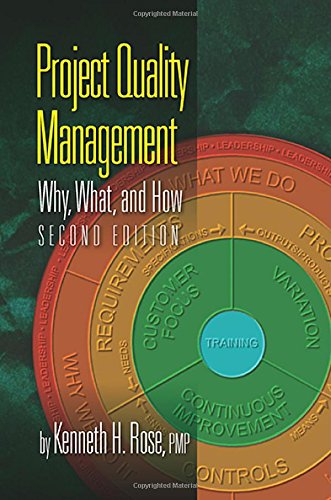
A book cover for Project Quality Management: Why, What and How, Second Edition; Kenneth H. Rose; Business & Money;